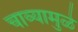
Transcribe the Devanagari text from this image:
चाव्यामुळे